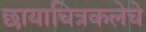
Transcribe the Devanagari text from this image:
छायाचित्रकलेचे